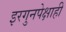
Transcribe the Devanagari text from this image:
इरगुनपेक्षाही